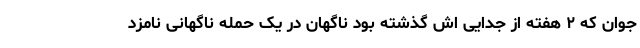
جوان که ۲ هفته از جدایی اش گذشته بود ناگهان در یک حمله ناگهانی نامزد